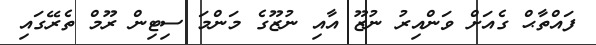
ފައްތާޙް ގެއަށް ވަންއިރު ނުޒޫ އާއި ނުޒޫގެ މަންމަ ސިޓިން ރޫމް ތެރޭގައި